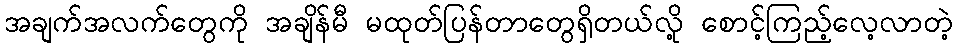
အချက်အလက်တွေကို အချိန်မီ မထုတ်ပြန်တာတွေရှိတယ်လို့ စောင့်ကြည့်လေ့လာတဲ့